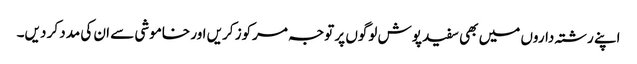
اپنے رشتہ داروں میں بھی سفید پوش لوگوں پر توجہ مرکوز کریں اور خاموشی سے ان کی مدد کر دیں۔